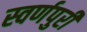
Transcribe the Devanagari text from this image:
स्वर्णपुरी